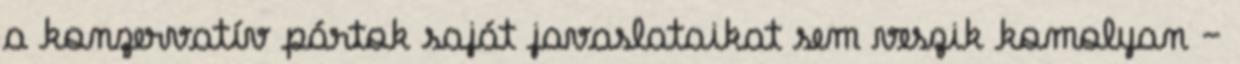
a konzervatív pártok saját javaslataikat sem veszik komolyan –